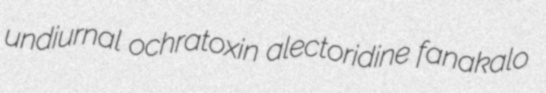
undiurnal ochratoxin alectoridine fanakalo